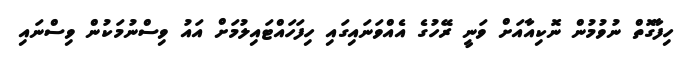
ހިފާގޮތް ނުުވުމުން ނޮކިއާއަށް ވަނީ ރޭހުގެ އެއްވަނައިގައި ހިފަހައްޓައިލުމަށް އައު ވިސްނުމަކުން ވިސްނައި